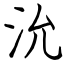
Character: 沇